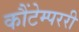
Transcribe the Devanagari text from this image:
कौंटेम्पररी